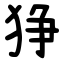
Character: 狰